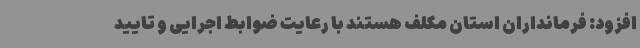
افزود: فرمانداران استان مکلف هستند با رعایت ضوابط اجرایی و تایید